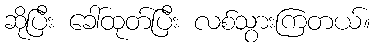
ဆိုပြီး ခေါ်ထုတ်ပြီး လစ်သွားကြတယ်။